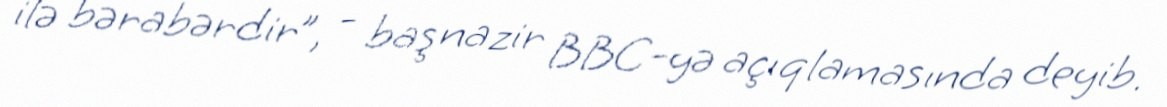
ilə bərabərdir”, - baş nazir BBC-yə açıqlamasında deyib.